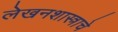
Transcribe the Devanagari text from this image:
लेखनशास्त्राचे